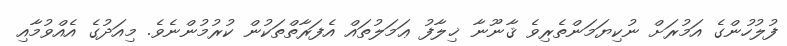
ފުލުހުންގެ އަމުރަށް ނުކިޔަމަންތެރިވެ ޤާނޫނާ ޚިލާފު ޢަމަލުތައް އެފަރާތްތަކުން ކުރުމުންނެވެ. މިއަދުގެ އެއްވުމާއި